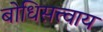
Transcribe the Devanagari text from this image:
बोधिसत्त्वाय